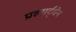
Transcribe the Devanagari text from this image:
प्रहरार्द्धेन